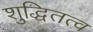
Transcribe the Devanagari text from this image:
शुद्धितत्व